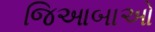
જિઆબાઓ